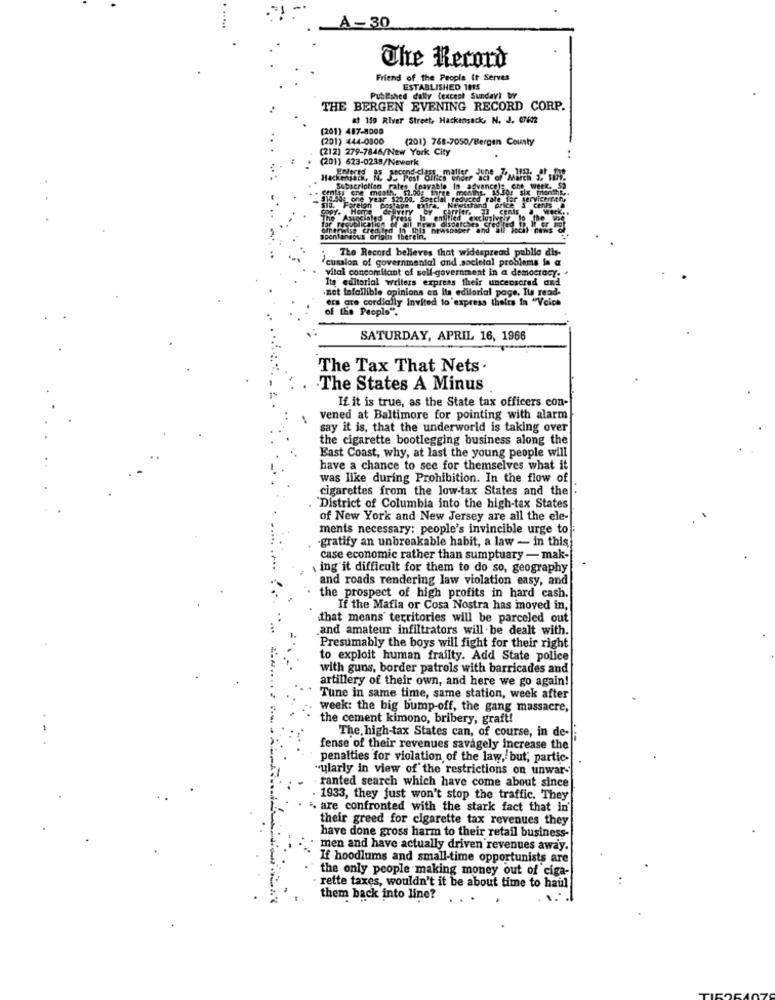
A-30
The Record
Friend of the People It Serves
ESTABLISHED 1015
Published cally (except Sunday) by
THE BERGEN EVENING RECORD CORP.
at 159 River Street, Hackensack, N. J. 67602
(201) 487-8000
(201) 444-0500
(201) 768-7050/Bergen County
(212) 279-7846/New York City
(201) 623-0238/Newark
maller
entss one meath, $2.00; three months. 15.50! six mn
Subscription rales (payable In advance): che wet
Che WEEK, SO
six months ..
gulds one year $20.00. Special fecucco
Je ong
denstrand price
serviceifthe
10. Fareion postaom pira.
20 cents
or republication
therwise cred.
In th13 newspaper and
spontaneous origin therein.
The Record believes that widespread public dis-
"cussion of governmental and societal problems la a
vital concomitant of sell-government in a democracy.
Its editorial writers express their uncensored ond
.net Infallible opinions on Its editorial page, Its read-
ers are cordially Invited to'express theira la "Voice
of the People".
SATURDAY, APRIL 16, 1966
The Tax That Nets
The States A Minus
If it is true, as the State tax officers con-
vened at Baltimore for pointing with alarm
say it is, that the underworld is taking over
the cigarette bootlegging business along the
East Coast, why, at last the young people will
have a chance to see for themselves what it
was like during Prohibition. In the flow of
cigarettes from the low-tax States and the .
`District of Columbia into the high-tax States
of New York and New Jersey are all the ele-
ments necessary: people's invincible urge to :
-gratify an unbreakable habit, a law - in this
case economic rather than sumptuary - mak-
ing it difficult for them to do so, geography
and roads rendering law violation easy, and
the prospect of high profits in hard cash.
If the Mafia or Cosa Nostra has moved in,
.that means' territories will be parceled out
and amateur infiltrators will be dealt with.
Presumably the boys will fight for their right
to exploit human frailty. Add State police
with guns, border patrols with barricades and
artillery of their own, and here we go again!
Tune in same time, same station, week after
week: the big bump-off, the gang massacre,
the cement kimono, bribery, graft!
The, high-tax States can, of course, in de -;
fense of their revenues savagely Increase the
penalties for violation of the law, but, partic-
"ularly in view of the restrictions on unwar-
ranted search which have come about since
1933, they just won't stop the traffic. They
& are confronted with the stark fact that in'
their greed for cigarette tax revenues they
have done gross harm to their retail business-
. men and have actually driven revenues away.
If hoodlums and small-time opportunists are
the only people making money out of ciga-
rette taxes, wouldn't it be about time to haul
them back into line?